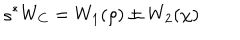
LaTeX: \varsigma ^ { * } W _ { C } = W _ { 1 } ( \rho ) \pm W _ { 2 } ( \chi )